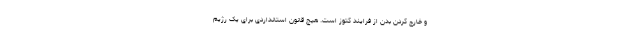
و خارج کردن بدن از فرایند کتوز است. هیچ قانون استانداردی برای یک رژیم